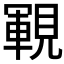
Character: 𧡡